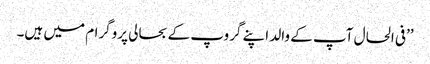
’’فی الحال آپ کے والد اپنے گروپ کے بحالی پروگرام میں ہیں۔